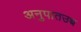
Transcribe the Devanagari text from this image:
अनुपातउच्च